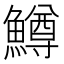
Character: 鱒